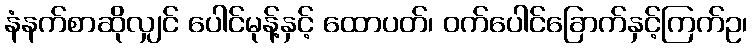
နံနက်စာဆိုလျှင် ပေါင်မုန့်နှင့် ထောပတ်၊ ဝက်ပေါင်ခြောက်နှင့်ကြက်ဥ၊